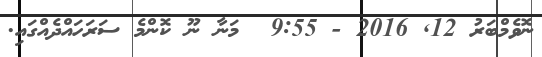
ނޮވެމްބަރު 12